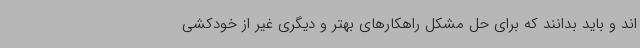
اند و باید بدانند که برای حل مشکل راهکارهای بهتر و دیگری غیر از خودکشی